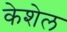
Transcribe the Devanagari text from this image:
केशेल